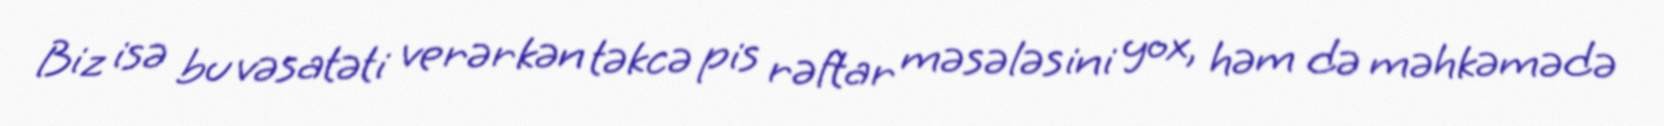
Biz isə bu vəsatəti verərkən təkcə pis rəftar məsələsini yox, həm də məhkəmədə